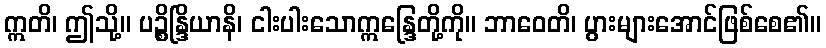
ဣတိ၊ ဤသို့။ ပဉ္စိန္ဒြိယာနိ၊ ငါးပါးသောဣန္ဒြေတို့ကို။ ဘာဝေတိ၊ ပွားများအောင်ဖြစ်စေ၏။